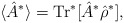
\begin{align*} \langle \hat{A}^{*}\rangle = \textrm{Tr}^{*}[\hat{A}^{*}\hat{\rho }^{*}],\end{align*}